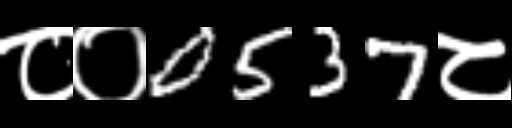
Text: ८०0537८